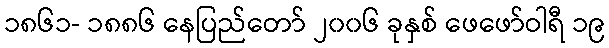
၁၈၆၁- ၁၈၈၆ နေပြည်တော် ၂၀၀၆ ခုနှစ် ဖေဖော်ဝါရီ ၁၉